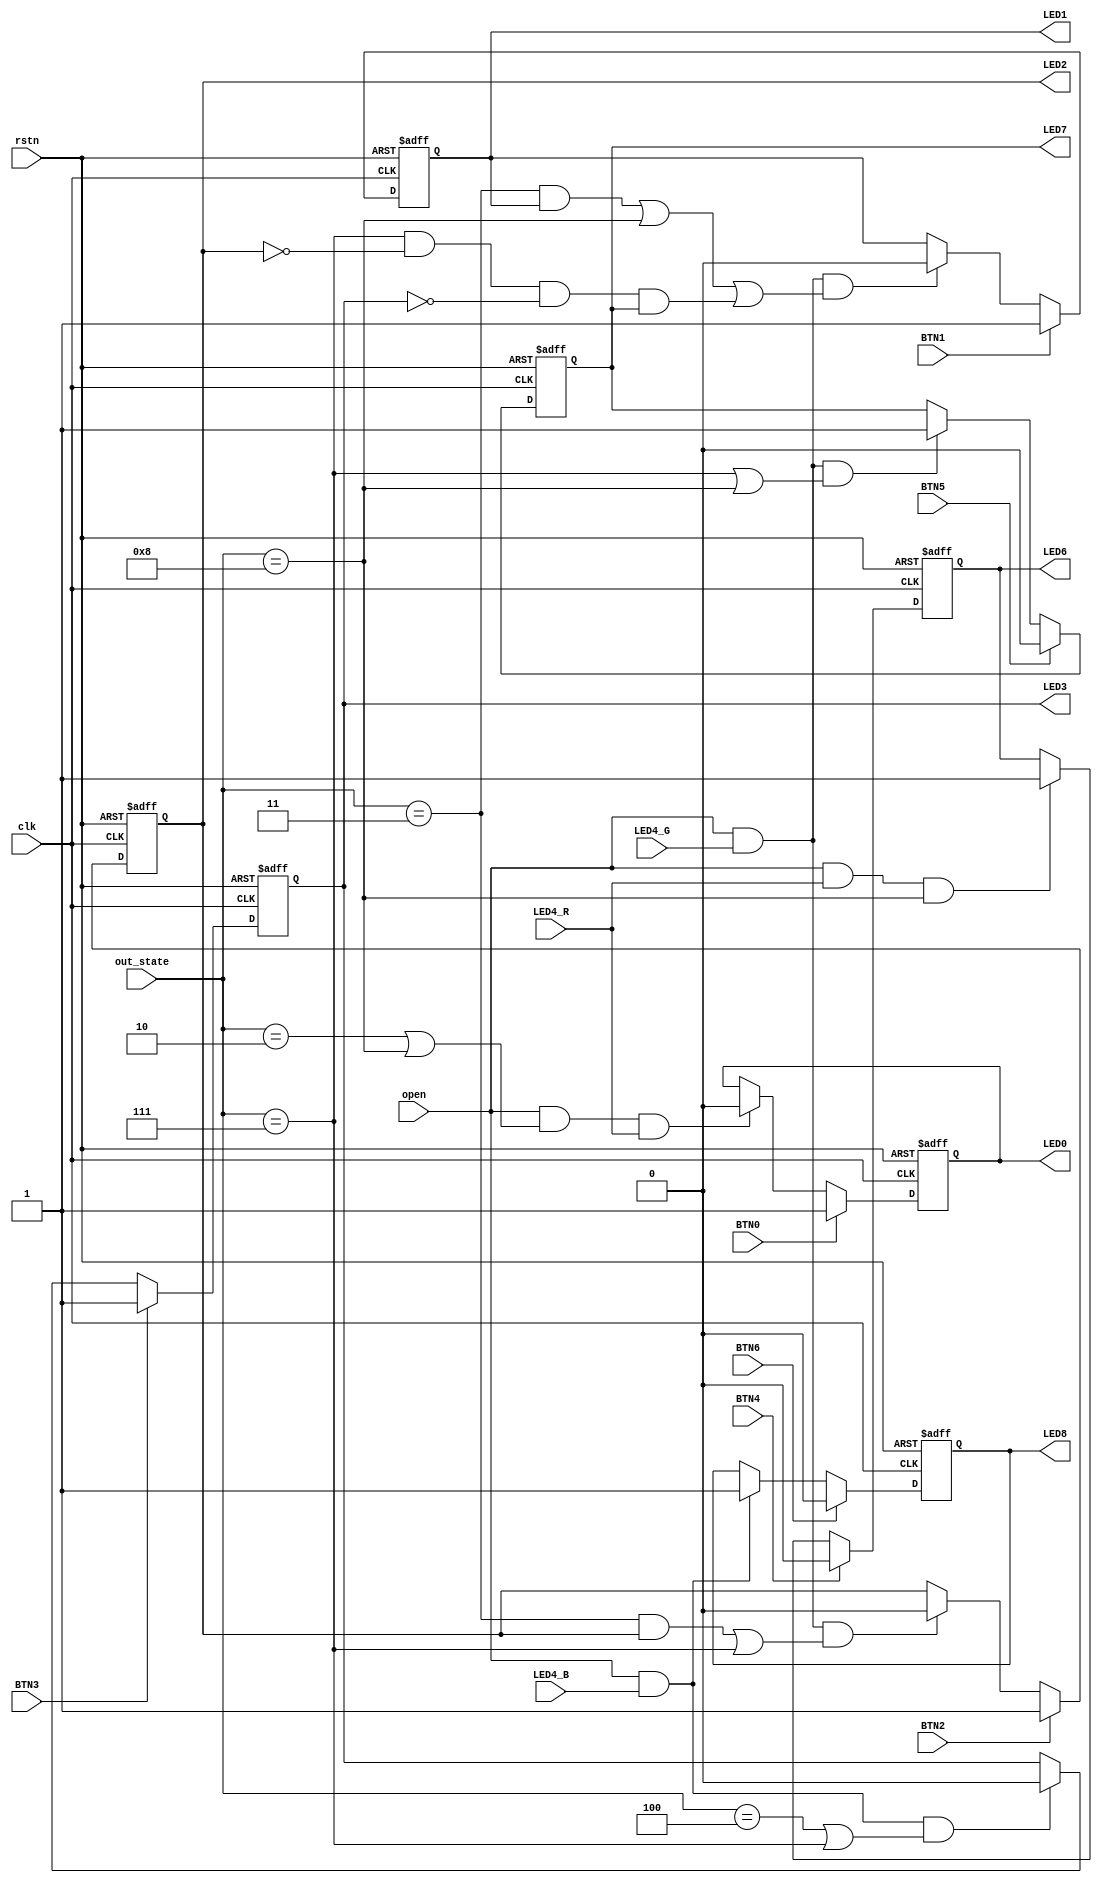
//==============================================================================
// Module name: ledcontrol
// Description: 
// -------------------------------------------------
// Modification log here:
// Author     :
// Date       : 
// Message    :
//==============================================================================
module ledcontrol
(
  input       clk,
  input       rstn,

  //
  input       BTN0,
  input       BTN1,
  input       BTN2,
  input       BTN3,

  //
  input       BTN4,
  input       BTN5,
  input       BTN6,

  output reg  LED0,
  output reg  LED1,
  output reg  LED2,
  output reg  LED3,

  output reg  LED6,
  output reg  LED7,
  output reg  LED8,

  input       open,
  input [4:0] out_state,
  input       LED4_R,
  input       LED4_G,
  input       LED4_B
);

  always@(posedge clk or negedge rstn) begin 
    if(!rstn) begin
      LED0 <= 1'b0;
    end
    else if(BTN0) begin
      LED0 <= 1'b1;
    end
    else if(open & ((out_state == 4'd2) | (out_state == 4'd8)) & LED4_R) begin
      LED0 <= 1'b0;
    end
    else 
      LED0 <= LED0;
  end

  always@(posedge clk or negedge rstn) begin 
    if(!rstn) begin
      LED1 <= 1'b0;
    end
    else if(BTN1) begin
      LED1 <= 1'b1;
    end
    else if(open & LED4_G & (((out_state == 4'd3) & LED1) | (out_state == 4'd8) | ((out_state == 4'd7) & (!LED2) & (!LED3) & LED7))) begin
      LED1 <= 1'b0;
    end
    else 
      LED1 <= LED1;
  end

  always@(posedge clk or negedge rstn) begin 
    if(!rstn) begin
      LED2 <= 1'b0;
    end
    else if(BTN2) begin
      LED2 <= 1'b1;
    end
    else if(open & LED4_G & (((out_state == 4'd3) & LED2) | (out_state == 4'd7))) begin
      LED2 <= 1'b0;
    end
    else 
      LED2 <= LED2;
  end

  always@(posedge clk or negedge rstn) begin 
    if(!rstn) begin
      LED3 <= 1'b0;
    end
    else if(BTN3) begin
      LED3 <= 1'b1;
    end
    else if(open & LED4_B & ((out_state == 4'd4) | (out_state == 4'd7))) begin
      LED3 <= 1'b0;
    end
    else 
      LED3 <= LED3;
  end

  always@(posedge clk or negedge rstn) begin 
    if(!rstn) begin
      LED6 <= 1'b1;
    end
    else if(BTN4) begin
      LED6 <= 1'b0;
    end
    else if(open & LED4_R & (out_state == 4'd8)) begin
      LED6 <= 1'b1;
    end
    else 
      LED6 <= LED6;
  end

  always@(posedge clk or negedge rstn) begin 
    if(!rstn) begin
      LED7 <= 1'b1;
    end
    else if(BTN5) begin
      LED7 <= 1'b0;
    end
    else if(open & LED4_G & ((out_state == 4'd7) | (out_state == 4'd8))) begin
      LED7 <= 1'b1;
    end
    else 
      LED7 <= LED7;
  end

  always@(posedge clk or negedge rstn) begin 
    if(!rstn) begin
      LED8 <= 1'b1;
    end
    else if(BTN6) begin
      LED8 <= 1'b0;
    end
    else if(open & LED4_B) begin
      LED8 <= 1'b1;
    end
    else 
      LED8 <= LED8;
  end
endmodule